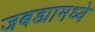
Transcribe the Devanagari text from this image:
जबड्यामध्ये